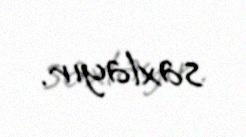
saxlayır.